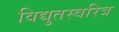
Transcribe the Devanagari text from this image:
विद्युतस्वरित्र